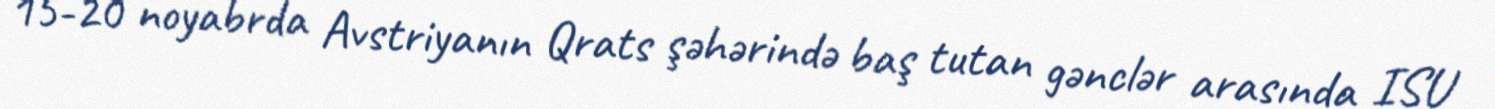
15-20 noyabrda Avstriyanın Qrats şəhərində baş tutan gənclər arasında ISU